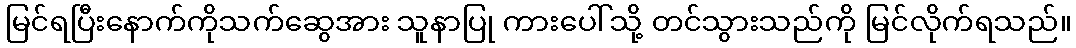
မြင်ရပြီးနောက်ကိုသက်ဆွေအား သူနာပြု ကားပေါ်သို့ တင်သွားသည်ကို မြင်လိုက်ရသည်။